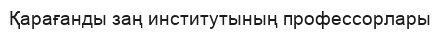
Қарағанды заң институтының профессорлары